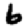
Digit: 6